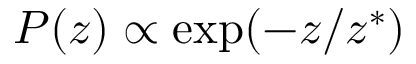
P ( z ) \propto \exp ( - z / z ^ { * } )